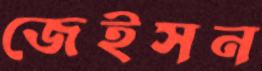
জেইসন